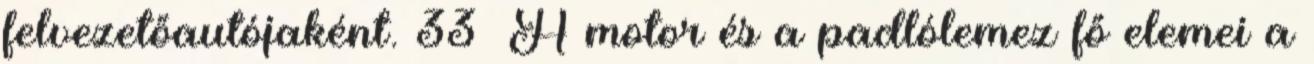
felvezetőautójaként. 33 A motor és a padlólemez fő elemei a